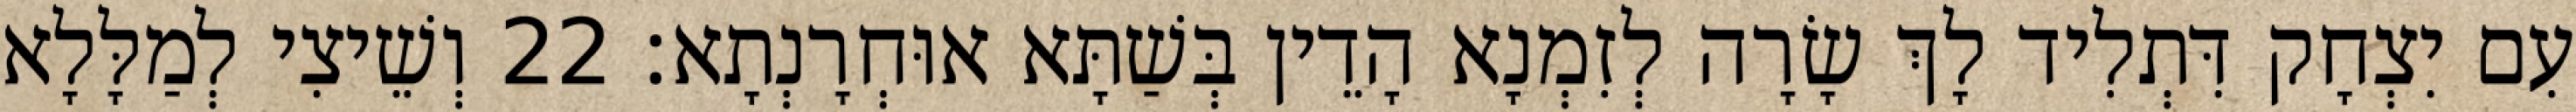
עִם יִצְחָק דִּתְלִיד לָךְ שָׂרָה לְזִמְנָא הָדֵין בְּשַׁתָּא אוּחְרָנְתָא׃ 22 וְשֵׁיצִי לְמַלָּלָא